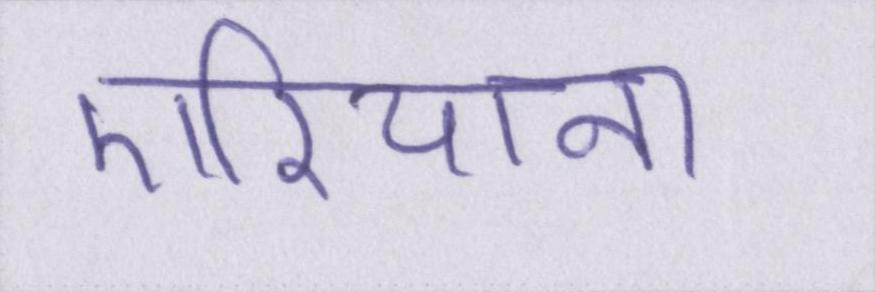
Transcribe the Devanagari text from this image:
एरियाना